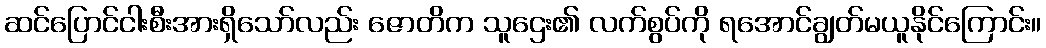
ဆင်ပြောင်ငါးစီးအားရှိသော်လည်း ဇောတိက သူဌေး၏ လက်စွပ်ကို ရအောင်ချွတ်မယူနိုင်ကြောင်း။